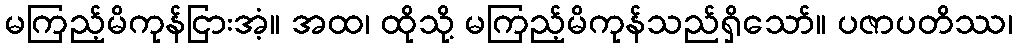
မကြည့်မိကုန်ငြားအံ့။ အထ၊ ထိုသို့ မကြည့်မိကုန်သည်ရှိသော်။ ပဇာပတိဿ၊